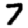
Digit: 7